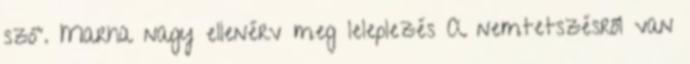
szó". Marha nagy ellenérv meg leleplezés A nemtetszésről van